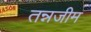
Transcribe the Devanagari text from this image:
तन्नजीम